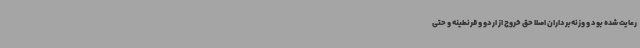
رعایت شده بود و وزنه‌برداران اصلا حق خروج از اردو و قرنطینه و حتی